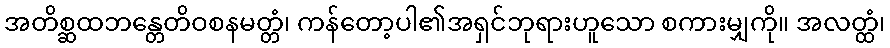
အတိစ္ဆထဘန္တေတိဝစနမတ္တံ၊ ကန်တော့ပါ၏အရှင်ဘုရားဟူသော စကားမျှကို။ အလတ္ထံ၊